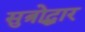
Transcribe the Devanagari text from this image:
सुत्रोद्धार